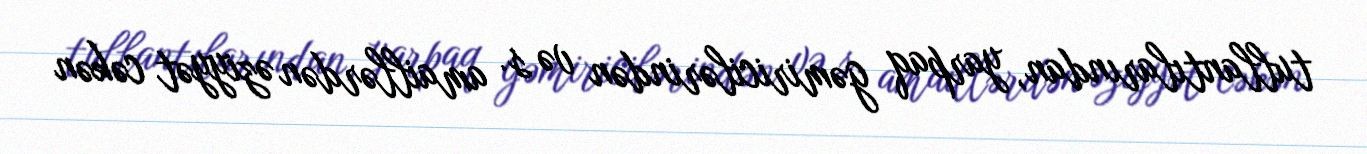
tullantılarından, yarpaq gəmiricilərindən və s. amaillərdən əziyyət cəkən